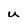
Character: u